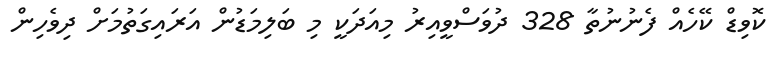
ކޮވިޑް ކޭހެއް ފެނުނުތާ 328 ދުވަސްވީއިރު މިއަދަކީ މި ބަލިމަޑުން އަރައިގަތުމަށް ދިވެހިން